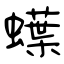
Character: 蠂